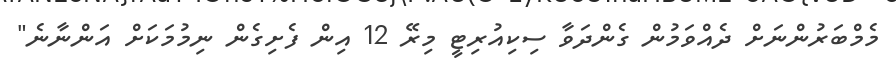
މެމްބަރުންނަށް ދެއްވަމުން ގެންދަވާ ސިކިއުރިޓީ މިރޭ 12 އިން ފެށިގެން ނިމުމަކަށް އަންނާނެ"